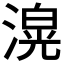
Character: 𭲄